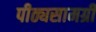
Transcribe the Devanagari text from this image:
पीठ्यसामग्री